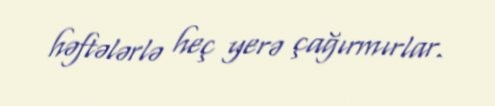
həftələrlə heç yerə çağırmırlar.